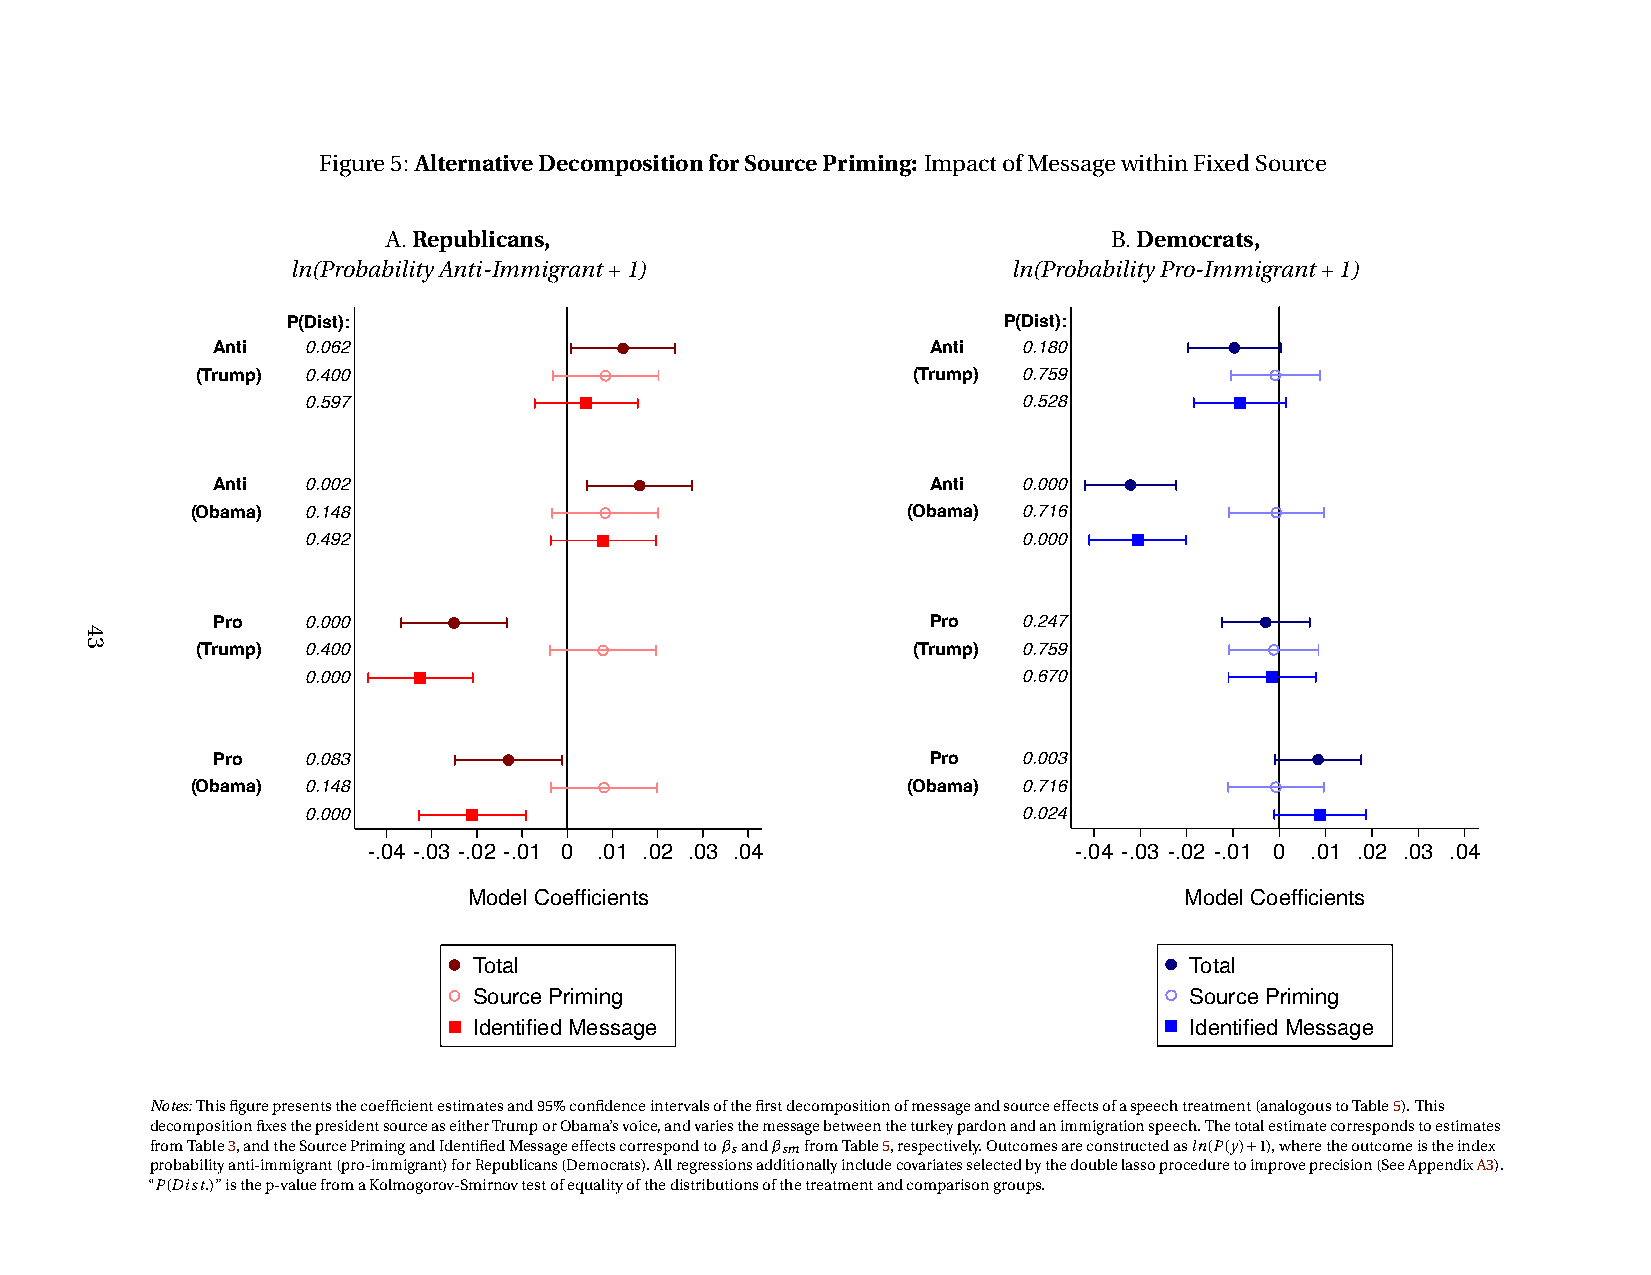
Figure5: AlternativeDecompositionforSourcePriming: ImpactofMessagewithinFixedSource
 A.Republicans,                                  B.Democrats,
 ln(ProbabilityAnti-Immigrant+1)                 ln(ProbabilityPro-Immigrant+1)
 P(Dist):                                       P(Dist):
 Anti  0.062                                     Anti  0.180
 (Trump) 0.400                                  (Trump) 0.759
 0.597                                           0.528
 Anti  0.002                                     Anti  0.000
 (Obama) 0.148                                  (Obama) 0.716
 0.492                                           0.000
 Pro   0.000                                     Pro   0.247
 (Trump) 0.400                                  (Trump) 0.759
 0.000                                           0.670
 Pro   0.083                                     Pro   0.003
 (Obama) 0.148                                  (Obama) 0.716
 0.000                                           0.024
 -.04 -.03 -.02 -.01 0 .01 .02 .03 .04          -.04 -.03 -.02 -.01 0 .01 .02 .03 .04
 Model Coefficients                             Model Coefficients
 Total                                           Total
 Source Priming                                  Source Priming
 Identified Message                              Identified Message
 Notes:Thisfigurepresentsthecoefficientestimatesand95%confidenceintervalsofthefirstdecompositionofmessageandsourceeffectsofaspeechtreatment(analogoustoTable5).This
 decompositionfixesthepresidentsourceaseitherTrumporObama’svoice,andvariesthemessagebetweentheturkeypardonandanimmigrationspeech.Thetotalestimatecorrespondstoestimates
 fromTable3,andtheSourcePrimingandIdentifiedMessageeffectscorrespondtoβ sandβ smfromTable5,respectively.Outcomesareconstructedasln(P(y)+1),wheretheoutcomeistheindex
 probabilityanti-immigrant(pro-immigrant)forRepublicans(Democrats).Allregressionsadditionallyincludecovariatesselectedbythedoublelassoproceduretoimproveprecision(SeeAppendixA3).
 “P(Dist.)”isthep-valuefromaKolmogorov-Smirnovtestofequalityofthedistributionsofthetreatmentandcomparisongroups.
 43